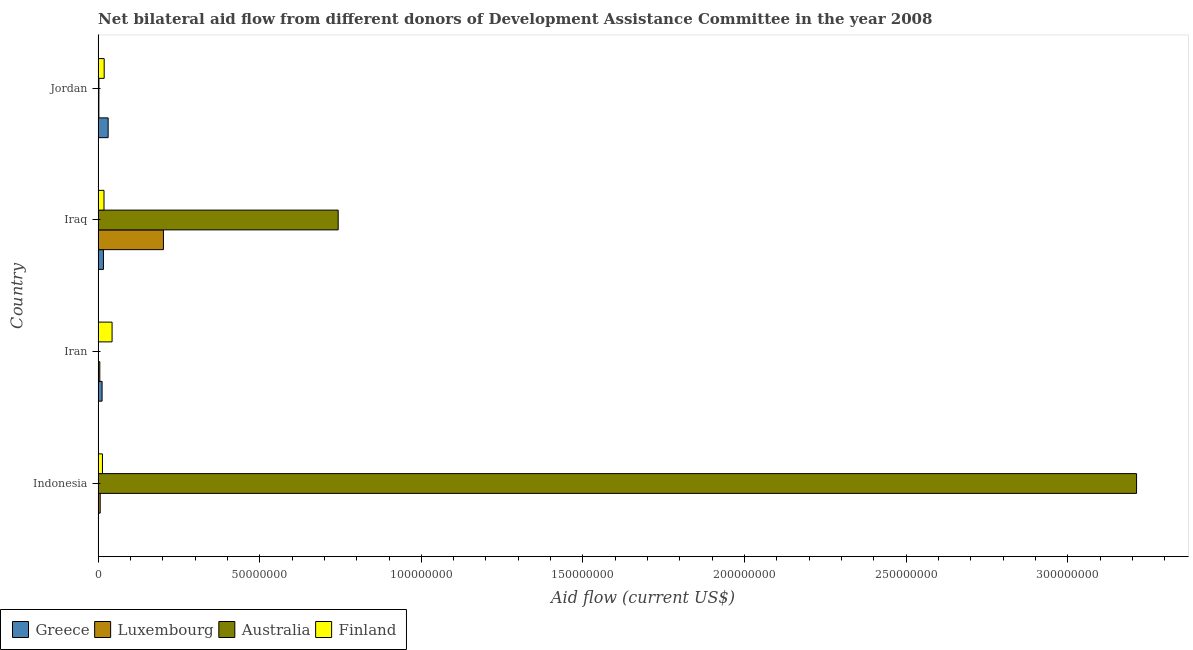
| Country | Greece | Luxembourg | Australia | Finland |
 | --- | --- | --- | --- | --- |
 | Indonesia | 5e+04 | 6.4e+05 | 3.21e+08 | 1.34e+06 |
 | Iran | 1.23e+06 | 5.2e+05 | 3e+04 | 4.32e+06 |
 | Iraq | 1.65e+06 | 2.02e+07 | 7.43e+07 | 1.82e+06 |
 | Jordan | 3.1e+06 | 2.4e+05 | 2.5e+05 | 1.88e+06 |